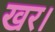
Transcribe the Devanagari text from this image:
खर।